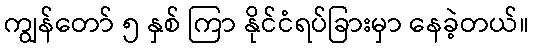
ကျွန်တော် ၅ နှစ် ကြာ နိုင်ငံရပ်ခြားမှာ နေခဲ့တယ်။